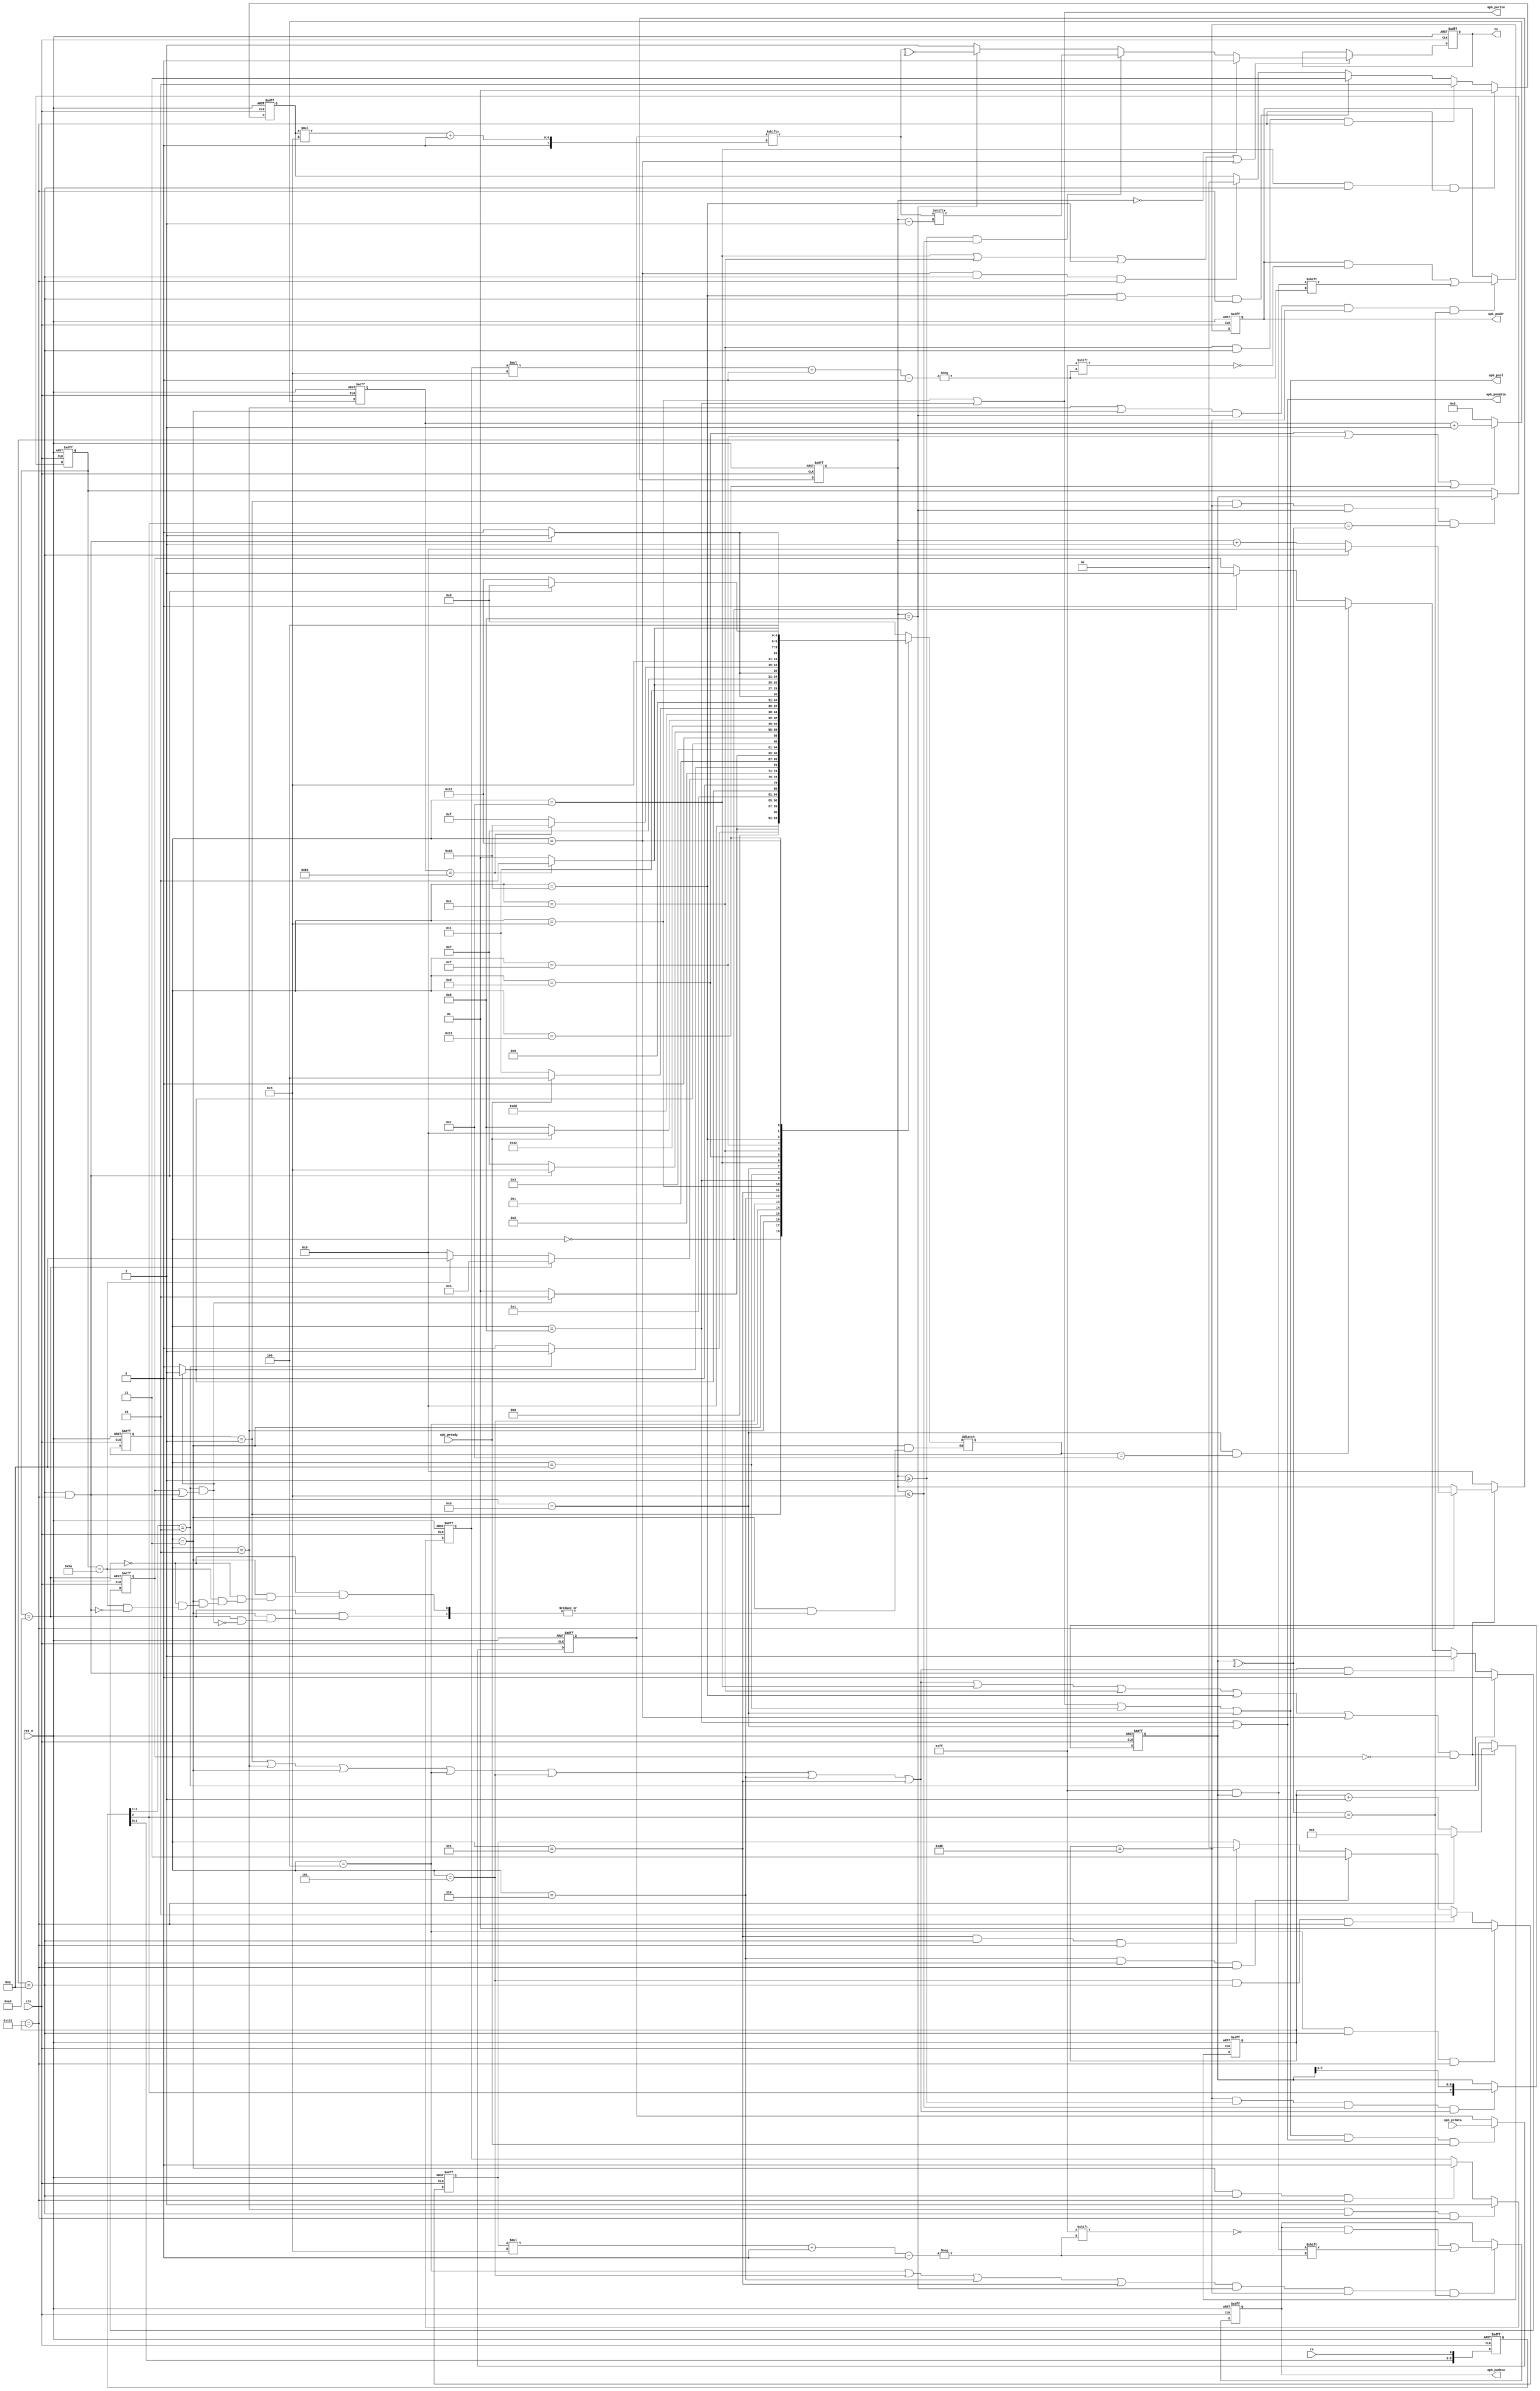
module uart2apb #(
    parameter APB_ADDR_WIDTH = 16,
    parameter APB_DATA_WIDTH = 32
)(
    input         clk        ,
    input         rst_n      ,

    //datas from upstream module, rx tx cross connect
    input         rx         ,
    output reg    tx         ,

    //apb bus
    output        apb_psel   ,
    output [15:0] apb_paddr  ,
    output [31:0] apb_pwdata ,
    output        apb_pwrite ,
    output        apb_penable,    
    input         apb_pready ,
    input  [31:0] apb_prdata    
);

localparam  IDLE             = 5'd0 ,
            RECV_CMD         = 5'd1 ,
            RECV_ADDR_LOW    = 5'd2 ,
            RECV_ADDR_HIGH   = 5'd3 ,
            RECV_WDATA_BYTE0 = 5'd4 ,
            RECV_WDATA_BYTE1 = 5'd5 ,
            RECV_WDATA_BYTE2 = 5'd6 ,
            RECV_WDATA_BYTE3 = 5'd7 ,
            APB_W_SEL        = 5'd8 ,
            APB_W_EN         = 5'd9 ,
            APB_R_SEL        = 5'd10,
            APB_R_EN         = 5'd11,
            SEND_TX_BYTE0    = 5'd12,
            SEND_TX_DELAY0   = 5'd13,
            SEND_TX_BYTE1    = 5'd14,
            SEND_TX_DELAY1   = 5'd15,
            SEND_TX_BYTE2    = 5'd16,
            SEND_TX_DELAY2   = 5'd17,
            SEND_TX_BYTE3    = 5'd18;

reg [4:0] fsm_cs;
reg [4:0] fsm_ns;

//negedge detection
wire      rx_nedge;
reg [2:0] rx_delay;
wire      rx_sync ;

//buffer signal
reg [7:0]  uart_buf      ; // store the byte received temporarily
reg [7:0]  uart_cmd_buf  ;
reg [15:0] uart_addr_buf ;
reg [31:0] uart_wdata_buf;
reg [31:0] apb_prdata_buf; // APB rdata buffer 


//flag signal
reg       uart_flag           ; // the flag of receiving a byte
reg       uart_addr_flag      ; //classify the addr received
reg [1:0] uart_wdata_flag     ; //classify the wdata received
reg [1:0] uart_send_rdata_flag; //classify the rdata sent
wire      uart_frame_end      ;        

//state signal
wire      uart_recv_state; // the states of receving uart bytes
wire      uart_send_state;

//uart cnt
reg  [8:0] uart_clk_cnt     ;
wire       uart_clk_cnt_en  ;
reg  [3:0] uart_bit_cnt     ;
wire       uart_delay_cnt_en;
reg  [6:0] uart_delay_cnt   ;

wire [7:0] uart_tx_buf      ;

always@(posedge clk or negedge rst_n) begin
if(!rst_n)
    fsm_cs <= IDLE;
else
    fsm_cs <= fsm_ns;
end

//must handle uart datas byte by byte
always @(*) begin
case(fsm_cs)
    IDLE: begin
        if(rx_nedge) //wait for the first rx negedge 
            fsm_ns = RECV_CMD;
        else
            fsm_ns = IDLE;        
    end
    RECV_CMD: begin // the negedge here means the start of next byte
        if(rx_nedge && (uart_flag || uart_frame_end)) //uart_flag==1 means the reception of last byte finishes
            fsm_ns = RECV_ADDR_LOW;
        else 
            fsm_ns = RECV_CMD;       
    end
    RECV_ADDR_LOW:begin
        if(rx_nedge && (uart_flag || uart_frame_end))
            fsm_ns = RECV_ADDR_HIGH;
        else
            fsm_ns = RECV_ADDR_LOW; 
    end
    RECV_ADDR_HIGH:begin
        if(uart_cmd_buf == 8'ha5) begin //write, a5 and 5a is user-defined
            if(rx_nedge && (uart_flag || uart_frame_end))
                fsm_ns = RECV_WDATA_BYTE0;
        end
        else if(uart_cmd_buf == 8'h5a) begin
            if(uart_frame_end)
                fsm_ns = APB_R_SEL;
        end
        else
            fsm_ns = IDLE; //cmd error
    end
    RECV_WDATA_BYTE0:begin
        if(rx_nedge && (uart_flag || uart_frame_end))
            fsm_ns = RECV_WDATA_BYTE1;
        else
            fsm_ns = RECV_WDATA_BYTE0;        
    end
    RECV_WDATA_BYTE1:begin
        if(rx_nedge && (uart_flag || uart_frame_end))
            fsm_ns = RECV_WDATA_BYTE2;
        else
            fsm_ns = RECV_WDATA_BYTE1;        
    end 
    RECV_WDATA_BYTE2:begin
        if(rx_nedge && (uart_flag || uart_frame_end))
            fsm_ns = RECV_WDATA_BYTE3;
        else
            fsm_ns = RECV_WDATA_BYTE2;        
    end
    RECV_WDATA_BYTE3:begin
        if(uart_frame_end)
            fsm_ns = APB_W_SEL;
        else
            fsm_ns = RECV_WDATA_BYTE3;        
    end
    APB_W_SEL:
        fsm_ns = APB_W_EN;
    APB_W_EN:begin
        if(apb_pready) 
            fsm_ns = IDLE;
        else
            fsm_ns = APB_W_EN;    
    end
    APB_R_SEL:begin
        fsm_ns = APB_R_EN;
    end
    APB_R_EN:begin
        if(apb_pready)
            fsm_ns = SEND_TX_BYTE0;
        else
            fsm_ns = APB_R_EN;    
    end
    SEND_TX_BYTE0:begin
        if(uart_bit_cnt==4'd10 && uart_clk_cnt==9'd433)
            fsm_ns = SEND_TX_DELAY0;
        else
            fsm_ns = SEND_TX_BYTE0;        
    end
    SEND_TX_DELAY0:begin
        if(uart_delay_cnt == 7'd99)
            fsm_ns = SEND_TX_BYTE1;
        else
            fsm_ns = SEND_TX_DELAY0;    
    end
    SEND_TX_BYTE1:begin
        if(uart_bit_cnt==4'd10 && uart_clk_cnt==9'd433)
            fsm_ns = SEND_TX_DELAY1;
        else
            fsm_ns = SEND_TX_BYTE1;              
    end
    SEND_TX_DELAY1:begin
        if(uart_delay_cnt == 7'd99)
            fsm_ns = SEND_TX_BYTE2;
        else
            fsm_ns = SEND_TX_DELAY1;    
    end
    SEND_TX_BYTE2:begin
        if(uart_bit_cnt==4'd10 && uart_clk_cnt==9'd433)
            fsm_ns = SEND_TX_DELAY2;
        else
            fsm_ns = SEND_TX_BYTE2;              
    end 
    SEND_TX_DELAY2:begin
        if(uart_delay_cnt == 7'd99)
            fsm_ns = SEND_TX_BYTE3;
        else
            fsm_ns = SEND_TX_DELAY2;    
    end
    SEND_TX_BYTE3:begin
        if(uart_bit_cnt==4'd10 && uart_clk_cnt==9'd433)
            fsm_ns = IDLE;
        else
            fsm_ns = SEND_TX_BYTE3;              
    end
    default: fsm_ns = IDLE;                                
endcase    
end

always@(posedge clk or negedge rst_n) 
begin
if(!rst_n)
    rx_delay <= 3'b000;
else
    rx_delay <= {rx_delay[1:0], rx};    
end

assign rx_nedge = rx_delay[2:1]==2'b10;
assign rx_sync  = rx_delay[2];

assign uart_recv_state = fsm_cs==RECV_CMD || fsm_cs==RECV_ADDR_LOW || fsm_cs==RECV_ADDR_HIGH || fsm_cs==RECV_WDATA_BYTE0 
|| fsm_cs==RECV_WDATA_BYTE1 || fsm_cs==RECV_WDATA_BYTE2 || fsm_cs==RECV_WDATA_BYTE3;

assign uart_frame_end = uart_bit_cnt==4'd10 && uart_clk_cnt==9'd433;

//uart_flag pulled up after receiving a byte
//pulled down if a byte starts
//pulled down when APB read datas sent ,thus can make full use of uart_clk_cnt and uart_bit_cnt
always@(posedge clk or negedge rst_n) begin
if(!rst_n)
    uart_flag <= 1'b1;
else if(rx_nedge)   
    uart_flag <= 1'b0;
else if(uart_recv_state && uart_frame_end) 
    uart_flag <= 1'b1;//There may be a delay between bytes
else if(fsm_cs==APB_R_EN && fsm_ns==SEND_TX_BYTE0)
    uart_flag <= 1'b0;    
else if(fsm_cs==IDLE)
    uart_flag <= 1'b1;
end


assign uart_clk_cnt_en = fsm_cs==RECV_CMD || fsm_cs==RECV_ADDR_LOW || fsm_cs==RECV_ADDR_HIGH || fsm_cs==RECV_WDATA_BYTE0 
|| fsm_cs==RECV_WDATA_BYTE1 || fsm_cs==RECV_WDATA_BYTE2 || fsm_cs==RECV_WDATA_BYTE3|| fsm_cs==SEND_TX_BYTE0 || fsm_cs==SEND_TX_BYTE1 
|| fsm_cs==SEND_TX_BYTE2 || fsm_cs==SEND_TX_BYTE3;

//~uart_flag is essential, cnt should be forbidden while uart delay
always@(posedge clk or negedge rst_n) begin
if(!rst_n)
    uart_clk_cnt <= 9'd0;
else if(uart_clk_cnt_en && ~uart_flag) begin  
    if(uart_clk_cnt == 9'd433)
        uart_clk_cnt <= 9'd0;
    else
        uart_clk_cnt <= uart_clk_cnt + 9'd1;
    end
end

always@(posedge clk or negedge rst_n) begin
if(!rst_n)
    uart_bit_cnt <= 4'd0;
else if(uart_clk_cnt_en && ~uart_flag) begin
        if(uart_clk_cnt == 9'd433) begin 
            if(uart_bit_cnt == 4'd10)
                uart_bit_cnt <= 4'd0;
            else    
            uart_bit_cnt <= uart_bit_cnt + 4'd1;
        end    
    end         
else
    uart_bit_cnt <= 4'd0;
end

assign uart_delay_cnt_en = fsm_cs==SEND_TX_DELAY0 || fsm_cs==SEND_TX_DELAY1 || fsm_cs==SEND_TX_DELAY2;

always@(posedge clk or negedge rst_n) begin
if(!rst_n)
    uart_delay_cnt <= 7'd0;
else if(uart_delay_cnt_en)
    uart_delay_cnt <= uart_delay_cnt + 7'd1;
else
    uart_delay_cnt <= 7'd0;
end

always@(posedge clk or negedge rst_n) begin
if(!rst_n)
    uart_buf <= 8'd0;
else if(uart_clk_cnt==9'd216 && uart_bit_cnt>=4'd1 && uart_bit_cnt<=4'd8 && uart_recv_state)
    uart_buf <= {rx_sync,uart_buf[7:1]};    
end

always@(posedge clk or negedge rst_n) begin
if(!rst_n)
    uart_cmd_buf <= 8'd0;
else if(fsm_cs==RECV_CMD && uart_clk_cnt==9'd216 && uart_bit_cnt==4'd9 && rx_sync==~^uart_buf)
    uart_cmd_buf <= uart_buf;   
end

always@(posedge clk or negedge rst_n) begin
if(!rst_n)
    uart_addr_flag <= 1'b0;
else if(fsm_cs==RECV_ADDR_LOW && uart_bit_cnt==4'd10 && uart_clk_cnt==9'd433)
    uart_addr_flag <= 1'b1;
else if(fsm_cs==RECV_ADDR_HIGH && uart_bit_cnt==4'd10 && uart_clk_cnt==9'd433)
    uart_addr_flag <= 1'b0;
end

always@(posedge clk or negedge rst_n) begin
if(!rst_n)
    uart_addr_buf <= 16'd0;
else if((fsm_cs==RECV_ADDR_LOW || fsm_cs==RECV_ADDR_HIGH) && uart_bit_cnt==4'd9 && uart_clk_cnt==9'd216 && ~^uart_buf==rx_sync)
    uart_addr_buf[uart_addr_flag*8+:8] <= uart_buf;        
end

always@(posedge clk or negedge rst_n) begin
if(!rst_n)
    uart_wdata_flag <= 2'd0;
else if(fsm_cs==RECV_WDATA_BYTE0 && uart_bit_cnt==4'd10 && uart_clk_cnt==9'd433)  
    uart_wdata_flag <= 2'd1;
else if(fsm_cs==RECV_WDATA_BYTE1 && uart_bit_cnt==4'd10 && uart_clk_cnt==9'd433) 
    uart_wdata_flag <= 2'd2;
else if(fsm_cs==RECV_WDATA_BYTE2 && uart_bit_cnt==4'd10 && uart_clk_cnt==9'd433) 
    uart_wdata_flag <= 2'd3;   
else if(fsm_cs==RECV_WDATA_BYTE3 && uart_bit_cnt==4'd10 && uart_clk_cnt==9'd433)  
    uart_wdata_flag <= 2'd0;
end

always@(posedge clk or negedge rst_n) 
begin
if(!rst_n)
    uart_wdata_buf <= 32'd0;
else if((fsm_cs==RECV_WDATA_BYTE0 || fsm_cs==RECV_WDATA_BYTE1 || fsm_cs==RECV_WDATA_BYTE2 || fsm_cs==RECV_WDATA_BYTE3) 
&& uart_bit_cnt==4'd9 && uart_clk_cnt==9'd216 && ~^uart_buf==rx_sync)
    uart_wdata_buf[uart_wdata_flag*8+:8] <= uart_buf;        
end

assign apb_pwrite  = fsm_cs==APB_W_SEL || fsm_cs==APB_W_EN;
assign apb_psel    = fsm_cs==APB_W_SEL || fsm_cs==APB_W_EN || fsm_cs==APB_R_SEL || fsm_cs==APB_R_EN;
assign apb_penable = fsm_cs==APB_W_EN  || fsm_cs==APB_R_EN;
assign apb_paddr   = uart_addr_buf;
assign apb_pwdata  = uart_wdata_buf;

always@(posedge clk or negedge rst_n) begin
if(!rst_n)
    apb_prdata_buf <= 32'd0;
else if(apb_psel && apb_penable && apb_pready)
    apb_prdata_buf <= apb_prdata;     
end

always@(posedge clk or negedge rst_n) 
begin
if(!rst_n)
    uart_send_rdata_flag <= 2'b0;
else if(fsm_cs==SEND_TX_BYTE0 && uart_bit_cnt==4'd10 && uart_clk_cnt==9'd433)  
    uart_send_rdata_flag <= 2'd1;
else if(fsm_cs==SEND_TX_BYTE1 && uart_bit_cnt==4'd10 && uart_clk_cnt==9'd433) 
    uart_send_rdata_flag <= 2'd2;
else if(fsm_cs==SEND_TX_BYTE2 && uart_bit_cnt==4'd10 && uart_clk_cnt==9'd433) 
    uart_send_rdata_flag <= 2'd3;   
else if(fsm_cs==SEND_TX_BYTE3 && uart_bit_cnt==4'd10 && uart_clk_cnt==9'd433) 
    uart_send_rdata_flag <= 2'd0;
end

assign uart_tx_buf = apb_prdata_buf[uart_send_rdata_flag*8+:8];

assign uart_send_state = fsm_cs==SEND_TX_BYTE0 || fsm_cs==SEND_TX_BYTE1 || fsm_cs==SEND_TX_BYTE2 || fsm_cs==SEND_TX_BYTE3;

always@(posedge clk or negedge rst_n) begin
if(!rst_n)
    tx <= 1'b1;
else if(uart_send_state) begin    
    if(uart_bit_cnt==4'd0)
        tx <= 1'b0;
    else if(uart_bit_cnt>=4'd1 && uart_bit_cnt<=4'd8)
        tx <= uart_tx_buf[uart_bit_cnt-4'd1];
    else if(uart_bit_cnt==4'd9) 
        tx <= ~^uart_tx_buf;
    else
        tx <= 1'b1;
    end
end

endmodule